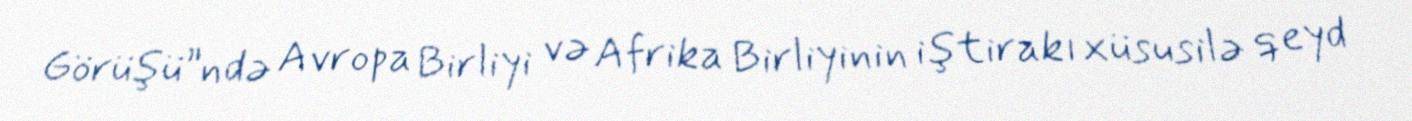
Görüşü”ndə Avropa Birliyi və Afrika Birliyinin iştirakı xüsusilə qeyd